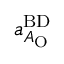
a _ { A _ { \mathrm { O } } } ^ { \mathrm { B D } }